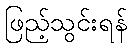
ဖြည့်သွင်းရန်